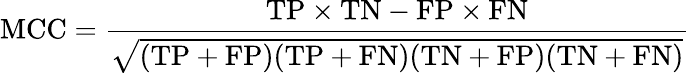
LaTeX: \mathrm{MCC}={\frac{\mathrm{TP}\times\mathrm{TN}-\mathrm{FP}\times\mathrm{FN}}{\sqrt{(\mathrm{TP}+\mathrm{FP})(\mathrm{TP}+\mathrm{FN})(\mathrm{TN}+\mathrm{FP})(\mathrm{TN}+\mathrm{FN})}}}